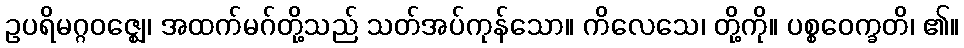
ဥပရိမဂ္ဂဝဇ္ဈေ၊ အထက်မဂ်တို့သည် သတ်အပ်ကုန်သော။ ကိလေသေ၊ တို့ကို။ ပစ္စဝေက္ခတိ၊ ၏။